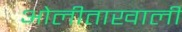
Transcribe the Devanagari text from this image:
ओलीताखाली